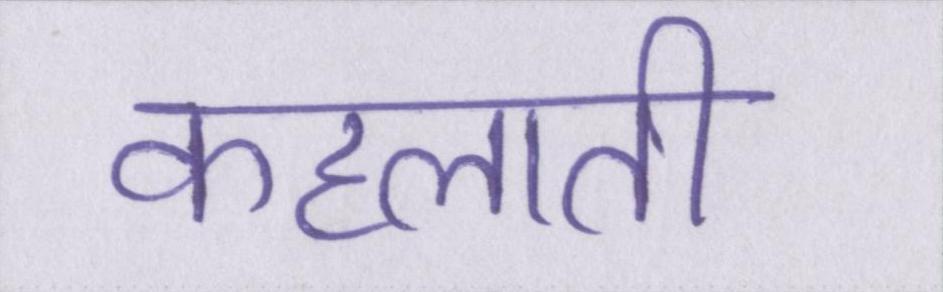
कहलाती